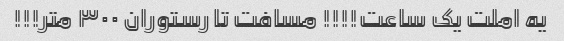
یه املت یک ساعت!!!! مسافت تا رستوران ۳۰۰ متر!!!